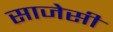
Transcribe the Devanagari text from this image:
साजेसी